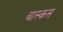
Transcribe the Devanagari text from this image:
बास्कस